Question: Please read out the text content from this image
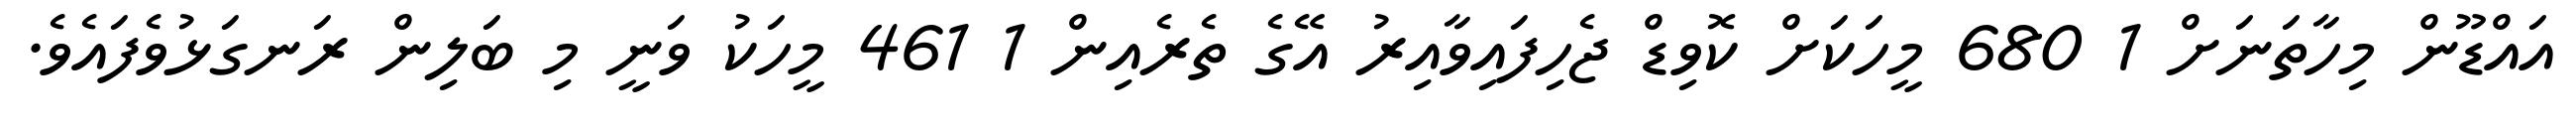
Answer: އައްޑޫން މިހާތަނަށް 1 680 މީހަކަށް ކޮވިޑް ޖެހިފައިވާއިރު އޭގެ ތެރެއިން 1 461 މީހަކު ވަނީ މި ބަލިން ރަނގަޅުވެފައެވެ.